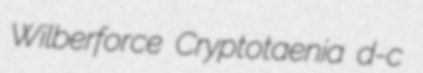
Wilberforce Cryptotaenia d-c